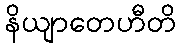
နိယျာတေဟီတိ